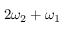
2 \omega _ { 2 } + \omega _ { 1 }